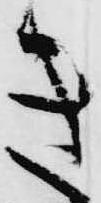
き